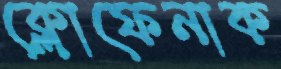
ক্লোফেনাক